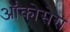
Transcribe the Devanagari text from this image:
ऑंकोसेरा